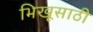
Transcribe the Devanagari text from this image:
भिखूसाठी